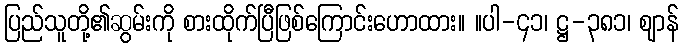
ပြည်သူတို့၏ဆွမ်းကို စားထိုက်ပြီဖြစ်ကြောင်းဟောထား။ ။ပါ-၄၁၊ ဋ္ဌ-၃၈၁၊ ဈာန်